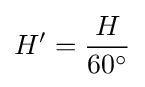
H^{\prime }={\frac {H}{60^{\circ }}}